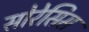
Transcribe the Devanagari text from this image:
सोरेसिस